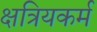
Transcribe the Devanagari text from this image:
क्षत्रियकर्म